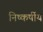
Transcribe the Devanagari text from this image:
निष्कर्षीय